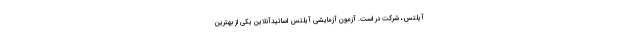
آیلتس، شرکت در است. آزمون آزمایشی آیلتس اساتیدآنلاین یکی از بهترین